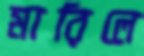
মারিলে